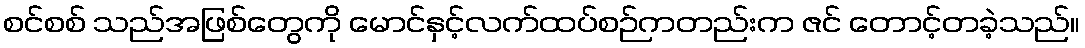
စင်စစ် သည်အဖြစ်တွေကို မောင်နှင့်လက်ထပ်စဉ်ကတည်းက ဇင် တောင့်တခဲ့သည်။